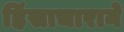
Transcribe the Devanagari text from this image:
हिंसाचाराने